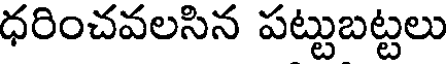
ధరించవలసిన పట్టుబట్టలు